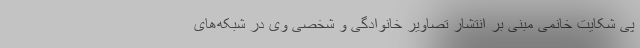
پی شکایت خانمی مبنی بر انتشار تصاویر خانوادگی و شخصی وی در شبکه‌های